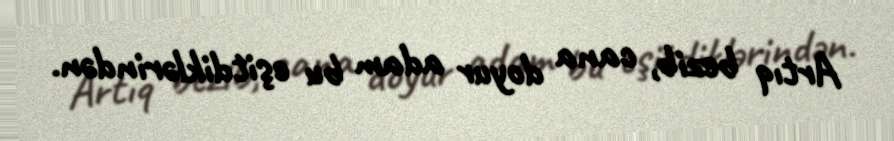
Artıq bezib, cana doyur adam bu eşitdiklərindən.